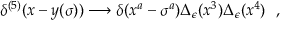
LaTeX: \delta ^ { ( 5 ) } ( x - y ( \sigma ) ) \longrightarrow \delta ( x ^ { a } - \sigma ^ { a } ) \Delta _ { \epsilon } ( x ^ { 3 } ) \Delta _ { \epsilon } ( x ^ { 4 } ) \ \ ,